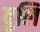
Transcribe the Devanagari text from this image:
वुलि